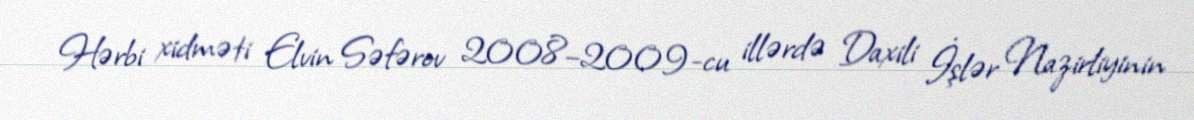
Hərbi xidməti Elvin Səfərov 2008–2009-cu illərdə Daxili İşlər Nazirliyinin